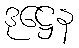
ဒုဋ္ဌေန